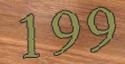
199